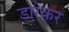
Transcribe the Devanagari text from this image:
डारेकर